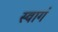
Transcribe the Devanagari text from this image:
स्वागं